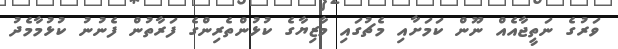
ވަރުގެ ނަތީޖާއެއް ނޫން ކަމަށާއި މެޗުގައި މާޒިޔާގެ ކުޅުންތެރިންގެ ފަރާތުން ފެނުނު ކުޅުމާމެދު